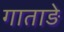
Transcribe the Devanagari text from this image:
गाताड़े